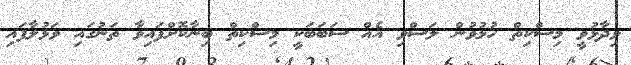
ވިދާޅުވީ މިސްކިތް ހުޅުވުން ލަސްވި އެއް ސަބަބަކީ މިސްކިތް ބިނާކޮށްފައިވާ ތަނުގައި ވަޅުލާފައި